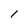
Character: 1